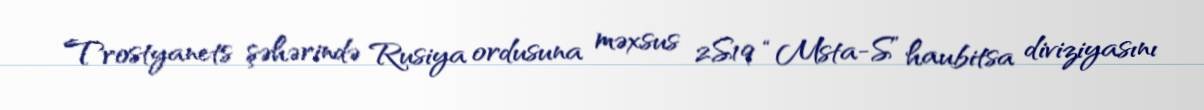
Trostyanets şəhərində Rusiya ordusuna məxsus 2S19 “Msta-S” haubitsa diviziyasını